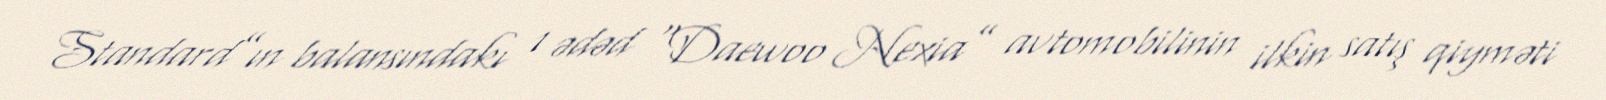
Standard”ın balansındakı 1 ədəd “Daewoo Nexia” avtomobilinin ilkin satış qiyməti